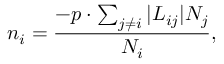
n _ { i } = \frac { - p \cdot \sum _ { j \neq i } | { \cal L } _ { i j } | N _ { j } } { N _ { i } } ,